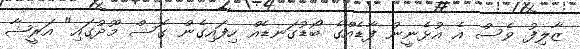
ޒާލިފު ވެސް އެ އުޅެނީނު ފާޑެއްގެ ބޯޑުގަނޑެއް ހިފައިގެން ގޮސް މޫދުގައި" އަރީޝާ